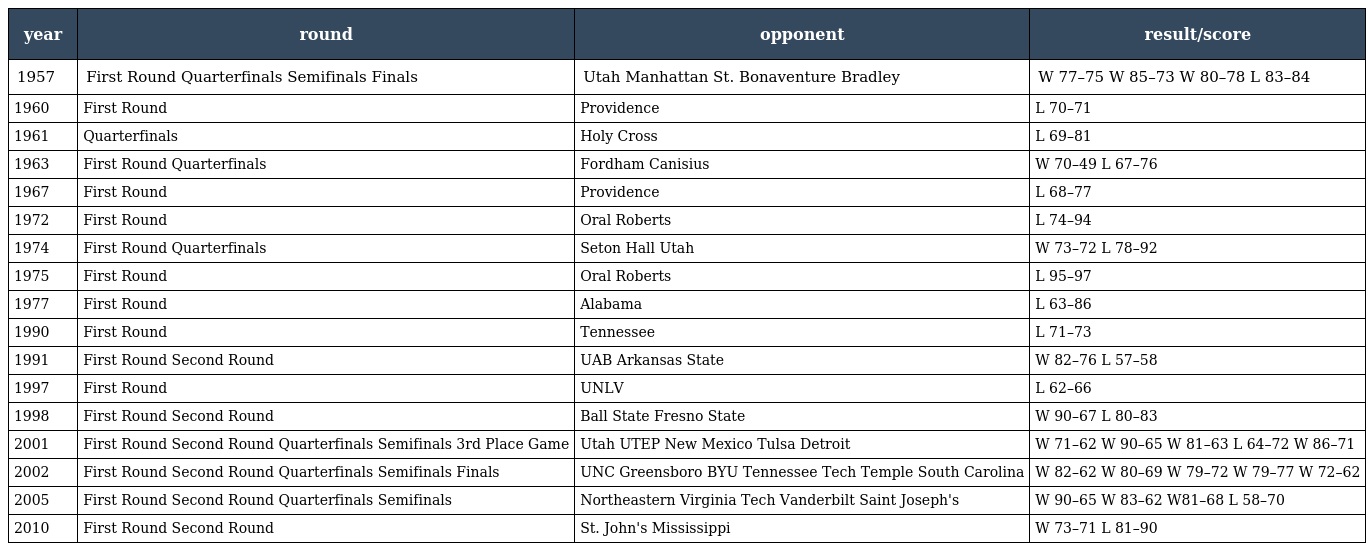
| year | round | opponent | result/score |
 | --- | --- | --- | --- |
 | 1957 | First Round Quarterfinals Semifinals Finals | Utah Manhattan St. Bonaventure Bradley | W 77–75 W 85–73 W 80–78 L 83–84 |
 | 1960 | First Round | Providence | L 70–71 |
 | 1961 | Quarterfinals | Holy Cross | L 69–81 |
 | 1963 | First Round Quarterfinals | Fordham Canisius | W 70–49 L 67–76 |
 | 1967 | First Round | Providence | L 68–77 |
 | 1972 | First Round | Oral Roberts | L 74–94 |
 | 1974 | First Round Quarterfinals | Seton Hall Utah | W 73–72 L 78–92 |
 | 1975 | First Round | Oral Roberts | L 95–97 |
 | 1977 | First Round | Alabama | L 63–86 |
 | 1990 | First Round | Tennessee | L 71–73 |
 | 1991 | First Round Second Round | UAB Arkansas State | W 82–76 L 57–58 |
 | 1997 | First Round | UNLV | L 62–66 |
 | 1998 | First Round Second Round | Ball State Fresno State | W 90–67 L 80–83 |
 | 2001 | First Round Second Round Quarterfinals Semifinals 3rd Place Game | Utah UTEP New Mexico Tulsa Detroit | W 71–62 W 90–65 W 81–63 L 64–72 W 86–71 |
 | 2002 | First Round Second Round Quarterfinals Semifinals Finals | UNC Greensboro BYU Tennessee Tech Temple South Carolina | W 82–62 W 80–69 W 79–72 W 79–77 W 72–62 |
 | 2005 | First Round Second Round Quarterfinals Semifinals | Northeastern Virginia Tech Vanderbilt Saint Joseph's | W 90–65 W 83–62 W81–68 L 58–70 |
 | 2010 | First Round Second Round | St. John's Mississippi | W 73–71 L 81–90 |